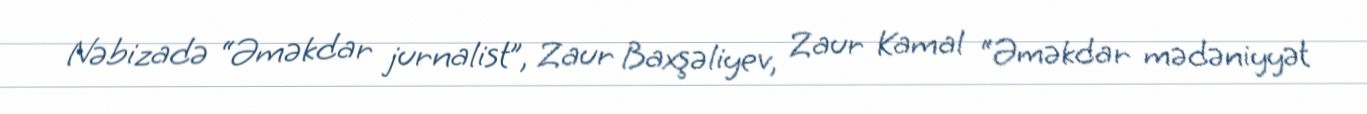
Nəbizadə “Əməkdar jurnalist”, Zaur Baxşəliyev, Zaur Kamal “Əməkdar mədəniyyət